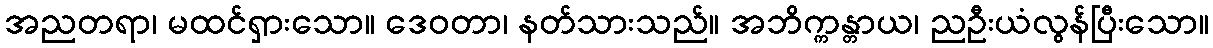
အညတရာ၊ မထင်ရှားသော။ ဒေဝတာ၊ နတ်သားသည်။ အဘိက္ကန္တာယ၊ ညဦးယံလွန်ပြီးသော။